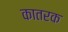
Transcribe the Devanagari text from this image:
कातरक